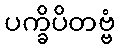
ပက္ခိပိတဗ္ဗံ